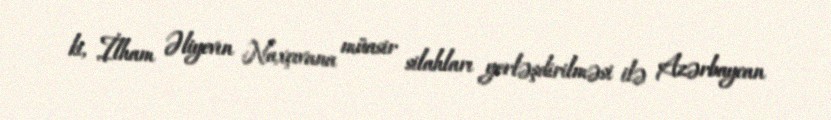
ki, İlham Əliyevın Naxçıvana müasir silahları yerləşdirilməsi ilə Azərbaycan